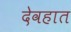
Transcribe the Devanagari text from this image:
देवहात